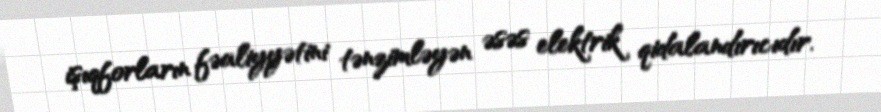
işıqforların fəaliyyətini tənzimləyən əsəs elektrik qidalandırıcıdır.